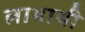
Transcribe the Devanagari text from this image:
लाभाथी